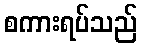
စကားရပ်သည်